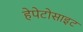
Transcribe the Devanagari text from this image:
हेपेटोसाइट